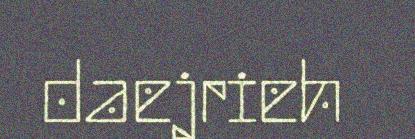
daejrieh